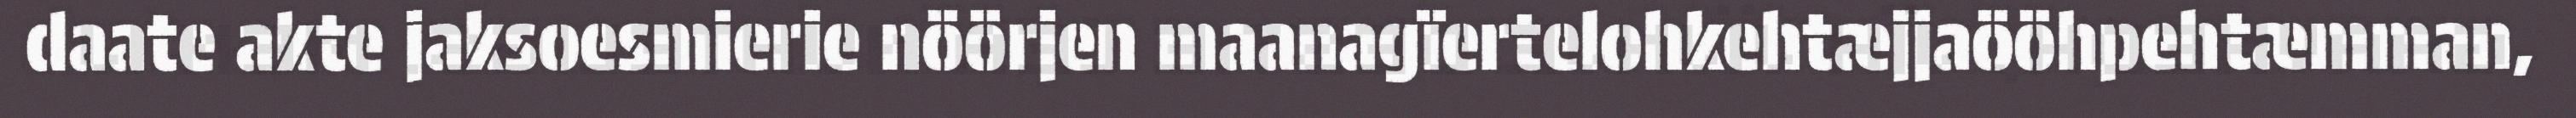
daate akte jaksoesmierie nöörjen maanagïertelohkehtæjjaööhpehtæmman,